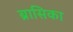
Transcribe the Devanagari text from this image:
ब्रासिका